Maa-_ja_perenaiste_seltsid, lk 93
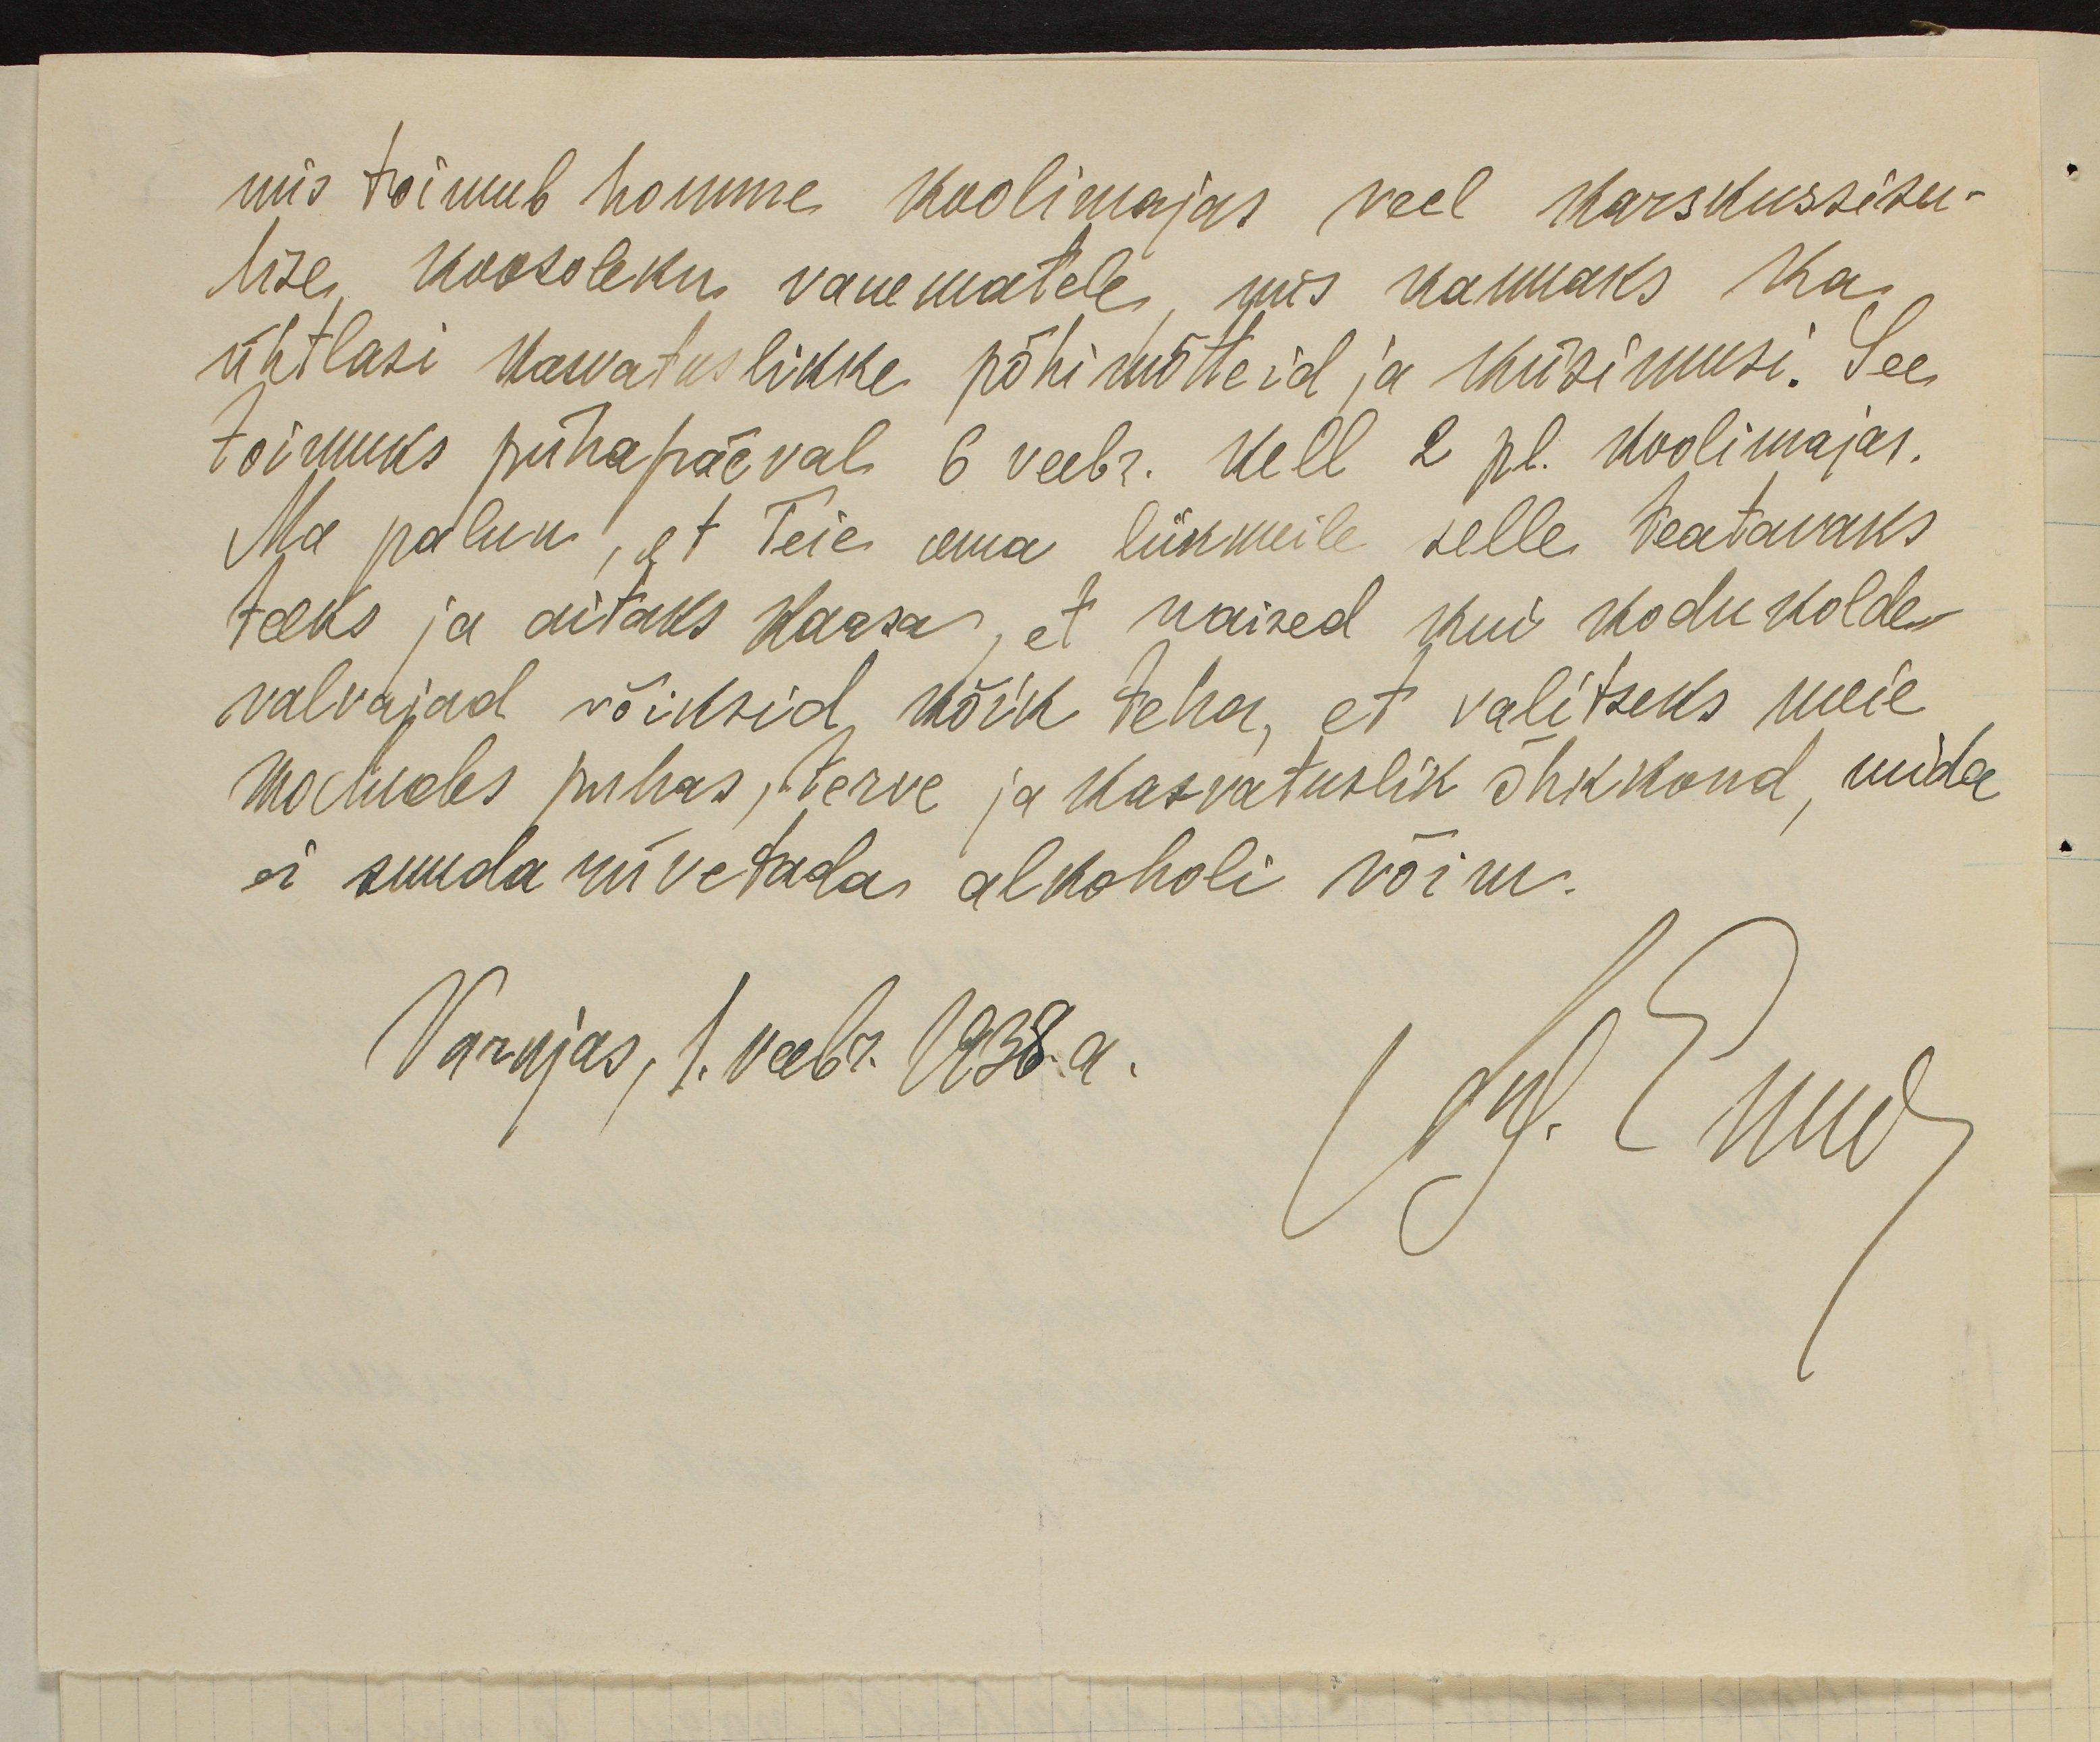
mis toimub homme koolimajas veel karskussisu-
lise koosoleku vanematele, mis kannaks ka
ühtlasi kasvatuslikke põhimõtteid ja küsimusi. See
toimuks pühapäeval 6 veebr. Kell 2 pl. koolimajas.
Ma palun, et Teie oma liikmeile selle teatavaks
teeks ja aitaks kaasa, et naised kui kodu kolde
valvajad võiksid kõik teha, et valitseks meie
kodudes puhas, terve ja kasvatuslik õhkkond, mida
ei suuda rüvetada alkoholi võim.
Varnjas, 1. veebr. 1938.a.
Сол. Бнид)